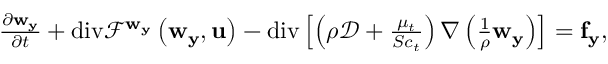
\begin{array} { r } { \frac { \partial \mathbf { w } _ { \mathbf { y } } } { \partial t } + \mathrm { d i v } \mathcal { F } ^ { \mathbf { w } _ { \mathbf { y } } } \left( \mathbf { w } _ { \mathbf { y } } , { \mathbf { u } } \right) - \mathrm { d i v } \left[ \left( \rho \mathcal { D } + \frac { \mu _ { t } } { S c _ { t } } \right) \nabla \left( \frac { 1 } { \rho } \mathbf { w } _ { \mathbf { y } } \right) \right] = \mathbf { f } _ { \mathbf { y } } , } \end{array}